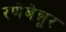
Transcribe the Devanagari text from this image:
रणेबेन्नूर